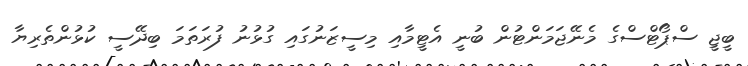
ބީޖީ ސްޕޯޓްސްގެ މެނޭޖަމަންޓުން ބުނީ އެޓީމާއި މިސީޒަނުގައި ގުޅުނު ފުރަތަމަ ބިދޭސީ ކުޅުންތެރިޔާ